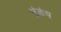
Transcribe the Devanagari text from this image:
भूंकंप